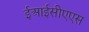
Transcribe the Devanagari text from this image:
ईआईसीएएस